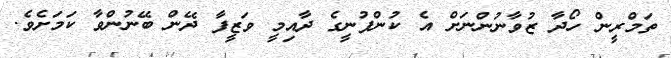
ތަމްރީން ހޯދާ ޒުވާނުންނަށް އެ ކުންފުނީގެ ދާއިމީ ވަޒީފާ ދޭން ބޭނުންވާ ކަމަށެވެ.